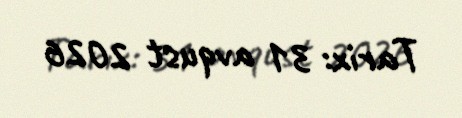
Tarix: 31 avqust 2026